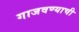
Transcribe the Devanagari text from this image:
गाजवण्याची